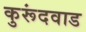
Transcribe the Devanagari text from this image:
कुरूंदवाड